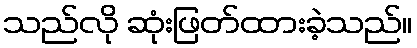
သည်လို ဆုံးဖြတ်ထားခဲ့သည်။